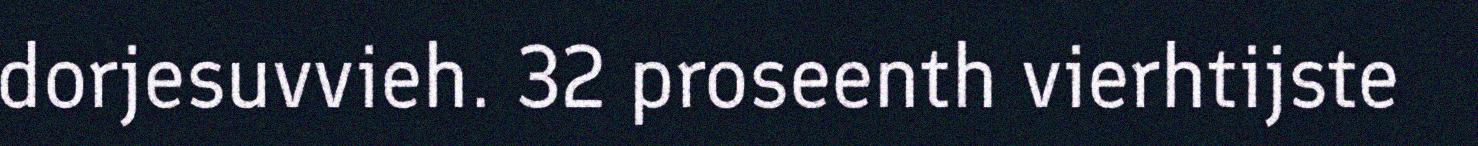
dorjesuvvieh. 32 proseenth vierhtijste